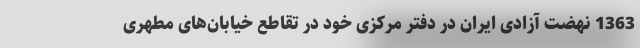
1363 نهضت آزادی ایران در دفتر مرکزی خود در تقاطع خیابان‌های مطهری